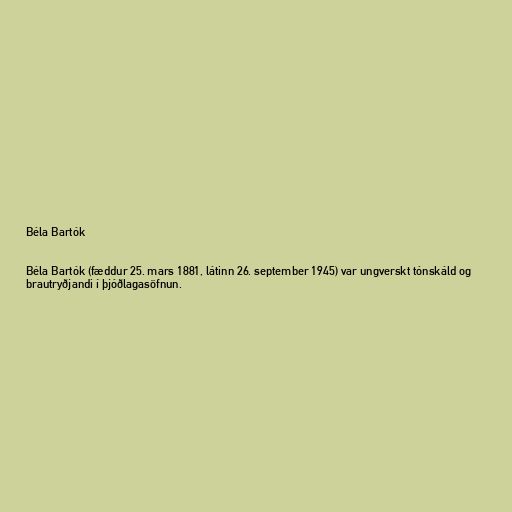
Béla Bartók

Béla Bartók (fæddur 25. mars 1881, látinn 26. september 1945) var ungverskt tónskáld og
brautryðjandi í þjóðlagasöfnun.